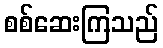
စစ်ဆေးကြသည်